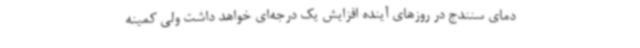
دمای سنندج در روزهای آینده افزایش یک درجه‌ای خواهد داشت ولی کمینه